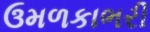
ઉમળકાભરી